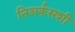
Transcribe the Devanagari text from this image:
निअर्कसशी